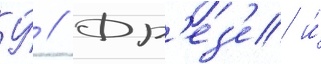
У́ // Фр'ез'е и́